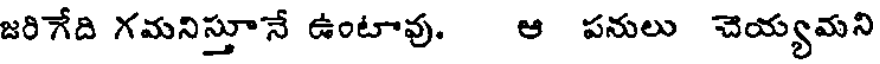
జరిగేది గమనిస్తూనే ఉంటావు. ఆ పనులు చెయ్యమని